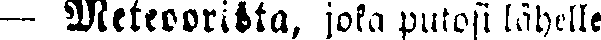
— Meteoorista, joka putosi lähelle